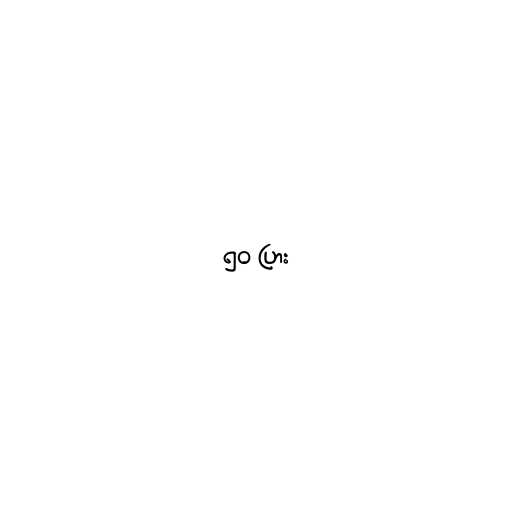
၅၀ ပြား